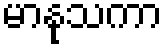
မာနုသကာ